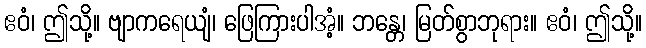
ဧဝံ၊ ဤသို့။ ဗျာကရေယျံ၊ ဖြေကြားပါအံ့။ ဘန္တေ၊ မြတ်စွာဘုရား။ ဧဝံ၊ ဤသို့။